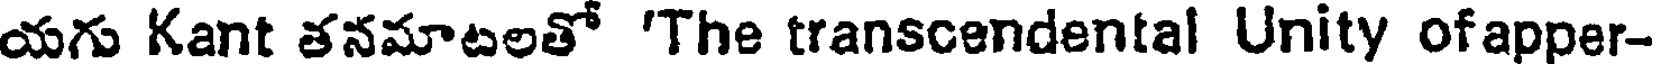
యగు Kant తనమాటలతో 'The transcendental Unity ofapper-